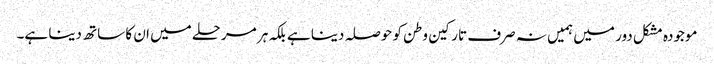
موجودہ مشکل دور میں ہمیں نہ صرف تارکین وطن کو حوصلہ دینا ہے بلکہ ہر مرحلے میں ان کا ساتھ دینا ہے۔